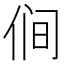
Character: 𰂋